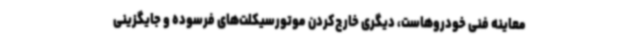
معاینه فنی خودروهاست، دیگری خارج‌کردن موتورسیکلت‌های فرسوده و جایگزینی